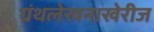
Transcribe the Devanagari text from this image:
ग्रंथलेखनाखेरीज